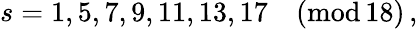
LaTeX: s=1,5,7,9,11,13,17\quad(\textrm{mod}\, 18)\, ,